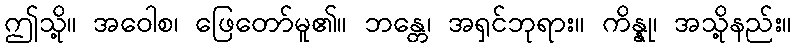
ဤသို့။ အဝေါစ၊ ဖြေတော်မူ၏။ ဘန္တေ၊ အရှင်ဘုရား။ ကိန္နု၊ အသို့နည်း။